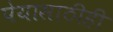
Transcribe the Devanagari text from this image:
पेयासाठीही